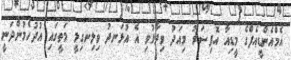
އެމްއެންޑީއެފްގެ މީޑިއާ އޮފިސަރު މިއަދު ވިދާޅުވި އެ އުޅަނދު ވިލިނގިލީ މަތީގައި އުދުހެމުންދަނީ